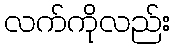
လက်ကိုလည်း